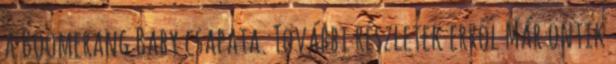
a Boomerang Baby csapata. További részletek erről Már öntik